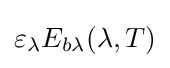
\varepsilon _{\lambda }E_{b\lambda }(\lambda ,T)